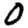
Digit: 0